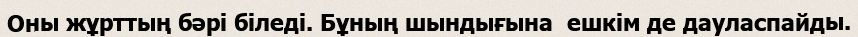
Оны жұрттың бәрі біледі. Бұның шындығына  ешкім де дауласпайды.